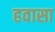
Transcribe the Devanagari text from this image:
हवासा